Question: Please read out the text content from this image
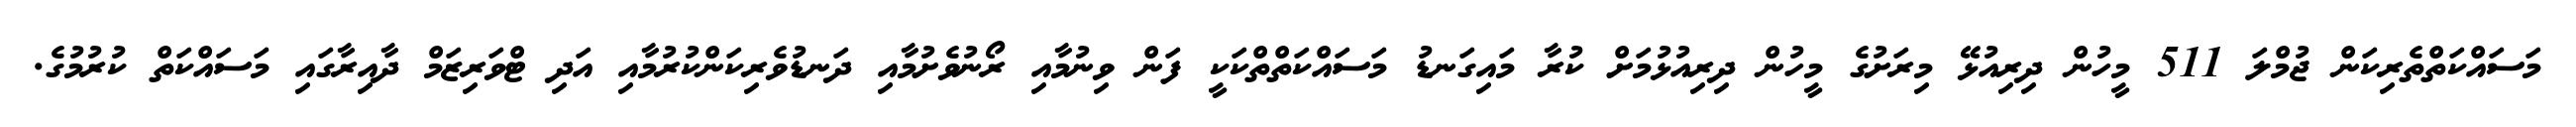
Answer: މަސައްކަތްތެރިކަން ޖުމްލަ 511 މީހުން ދިރިއުޅޭ މިރަށުގެ މީހުން ދިރިއުޅުމަށް ކުރާ މައިގަނޑު މަސައްކަތްތްކަކީ ފަން ވިނުމާއި ރޯނުވެށުމާއި ދަނޑުވެރިކަންކުރުމާއި އަދި ޓްވަރިޒަމް ދާއިރާގައި މަސައްކަތް ކުރުމުގެ.